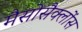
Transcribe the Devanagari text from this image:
मैसोसैक्लोंस